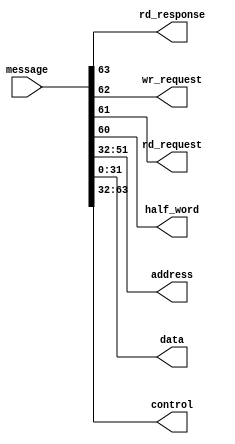
//
// Copyright 2013 Ettus Research LLC
//


//Message format:
//  msg[63]:    Completion {1 -> Read Completion, 0 -> Transaction Request}
//  msg[62]:    Write request*
//  msg[61]:    Read request*
//  msg[60]:    Half word {1 -> 16-bit transaction, 0 -> 32-bit transaction}*
//  msg[59:52]: Reserved
//  msg[51:32]: Address*
//  msg[31:0]:  Data
//
//  * Field only valid when the word is a transaction request.

module ioport2_msg_decode(
    input  [63:0]   message,
    output          rd_response,
    output          wr_request,
    output          rd_request,
    output          half_word,
    output [19:0]   address,
    output [31:0]   data,
    output [31:0]   control    
);
    assign rd_response  = message[63];
    assign wr_request   = message[62];
    assign rd_request   = message[61];
    assign half_word    = message[60];
    assign address      = message[51:32];
    assign data         = message[31:0];
    assign control      = message[63:32];
endmodule


module ioport2_msg_encode(
    input          rd_response,
    input          wr_request,
    input          rd_request,
    input          half_word,
    input  [19:0]  address,
    input  [31:0]  data,
    output [31:0]  control,
    output [63:0]  message
);
    assign control = rd_response ? {rd_response, 31'h0} : {rd_response, wr_request, rd_request, half_word, 8'h00, address};
    assign message = {control, data};
endmodule